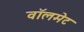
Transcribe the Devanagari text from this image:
वॉलमेट